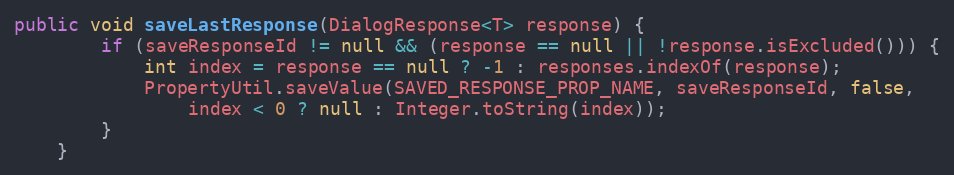
Language: Java
public void saveLastResponse(DialogResponse<T> response) {
        if (saveResponseId != null && (response == null || !response.isExcluded())) {
            int index = response == null ? -1 : responses.indexOf(response);
            PropertyUtil.saveValue(SAVED_RESPONSE_PROP_NAME, saveResponseId, false,
                index < 0 ? null : Integer.toString(index));
        }
    }